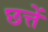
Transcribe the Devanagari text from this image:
छत्तें